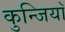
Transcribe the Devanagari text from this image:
कुन्जियाॅ